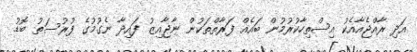
އަދި ރާއްޖެއާއެކު އިސްތިހާކުރުމުން ބައެއް ފަރާތްތަކުން ނާޖާއިޒު ފައިދާ ނެގުމުގެ ފުރުސަތު ބޮޑު.